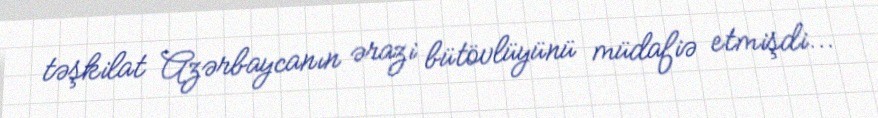
təşkilat Azərbaycanın ərazi bütövlüyünü müdafiə etmişdi...